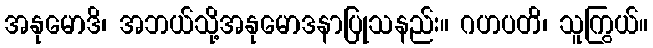
အနုမောဒိ၊ အဘယ်သို့အနုမောဒနာပြုသနည်း။ ဂဟပတိ၊ သူကြွယ်။